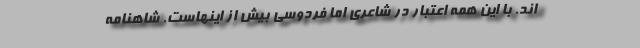
اند. با این همه اعتبار در شاعری اما فردوسی بیش از اینهاست. شاهنامه